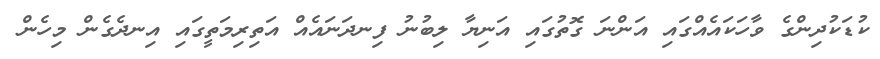
ކުޑަކުދިންގެ ވާހަކައެއްގައި އަންނަ ގޮތުގައި އަނިޔާ ލިބުނު ފިނދަނައެއް އަތިރިމަތީގައި އިނދެގެން މިހެން